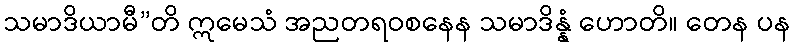
သမာဒိယာမီ”တိ ဣမေသံ အညတရဝစနေန သမာဒိန္နံ ဟောတိ။ တေန ပန